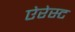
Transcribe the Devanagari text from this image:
ऐरेस्ट